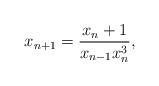
LaTeX: \begin{align*}x_{n+1}=\frac{x_n +1}{x_{n-1}x_n^3}, \end{align*}